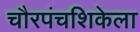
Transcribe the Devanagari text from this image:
चौरपंचशिकेला